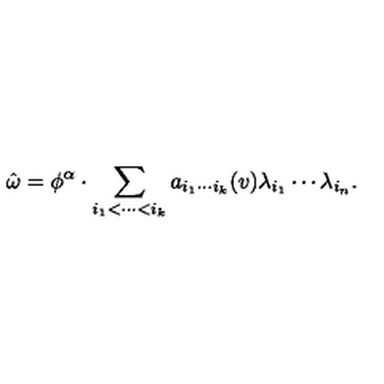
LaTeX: \hat { \omega } = \phi ^ { \alpha } \cdot \sum _ { i _ { 1 } < \cdots < i _ { k } } a _ { i _ { 1 } \cdots i _ { k } } ( v ) \lambda _ { i _ { 1 } } \cdots \lambda _ { i _ { n } } .